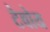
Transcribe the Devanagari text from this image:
टेवोय